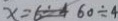
x = 6 \div 4 6 0 \div 4